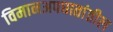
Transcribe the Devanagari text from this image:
विमानअपघातांतील